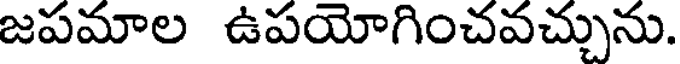
జపమాల ఉపయోగించవచ్చును.